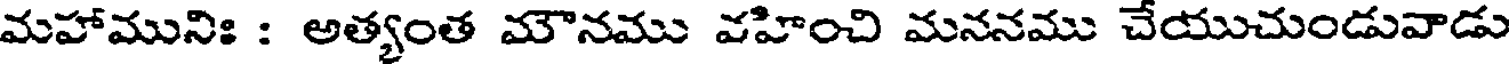
మహామునిః : అత్యంత మౌనము వహించి మననము చేయుచుండువాడు